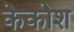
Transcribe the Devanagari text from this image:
केकोश